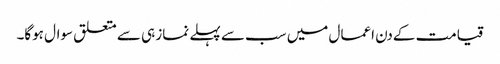
قیامت کےدن اعمال میں سب سے پہلے نماز ہی سے متعلق سوال ہوگا۔